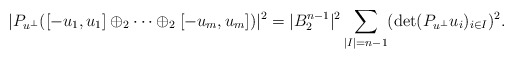
\begin{align*}|P_{u^\bot}([-u_1,u_1]\oplus_2\cdots\oplus_2[-u_m,u_m])|^2=|B_2^{n-1}|^2\sum_{|I|=n-1}(\det(P_{u^\bot}u_i)_{i\in I})^2.\end{align*}